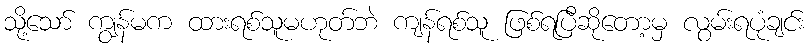
သို့သော် ကျွန်မက ထားရစ်သူမဟုတ်ဘဲ ကျန်ရစ်သူ ဖြစ်ရပြီဆိုတော့မှ လွမ်းရပုံချင်း